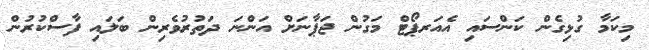
މިކަމާ ގުޅިގެން ކަންސައި އެއަރޕޯޓް މަގުން ޖަޕާނަށް އަންނަ ދަތުރުވެރިން ބަލައި ފާސްކުރުން